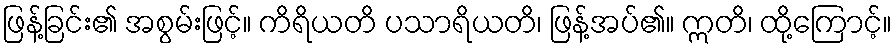
ဖြန့်ခြင်း၏ အစွမ်းဖြင့်။ ကိရိယတိ ပသာရိယတိ၊ ဖြန့်အပ်၏။ ဣတိ၊ ထို့ကြောင့်။